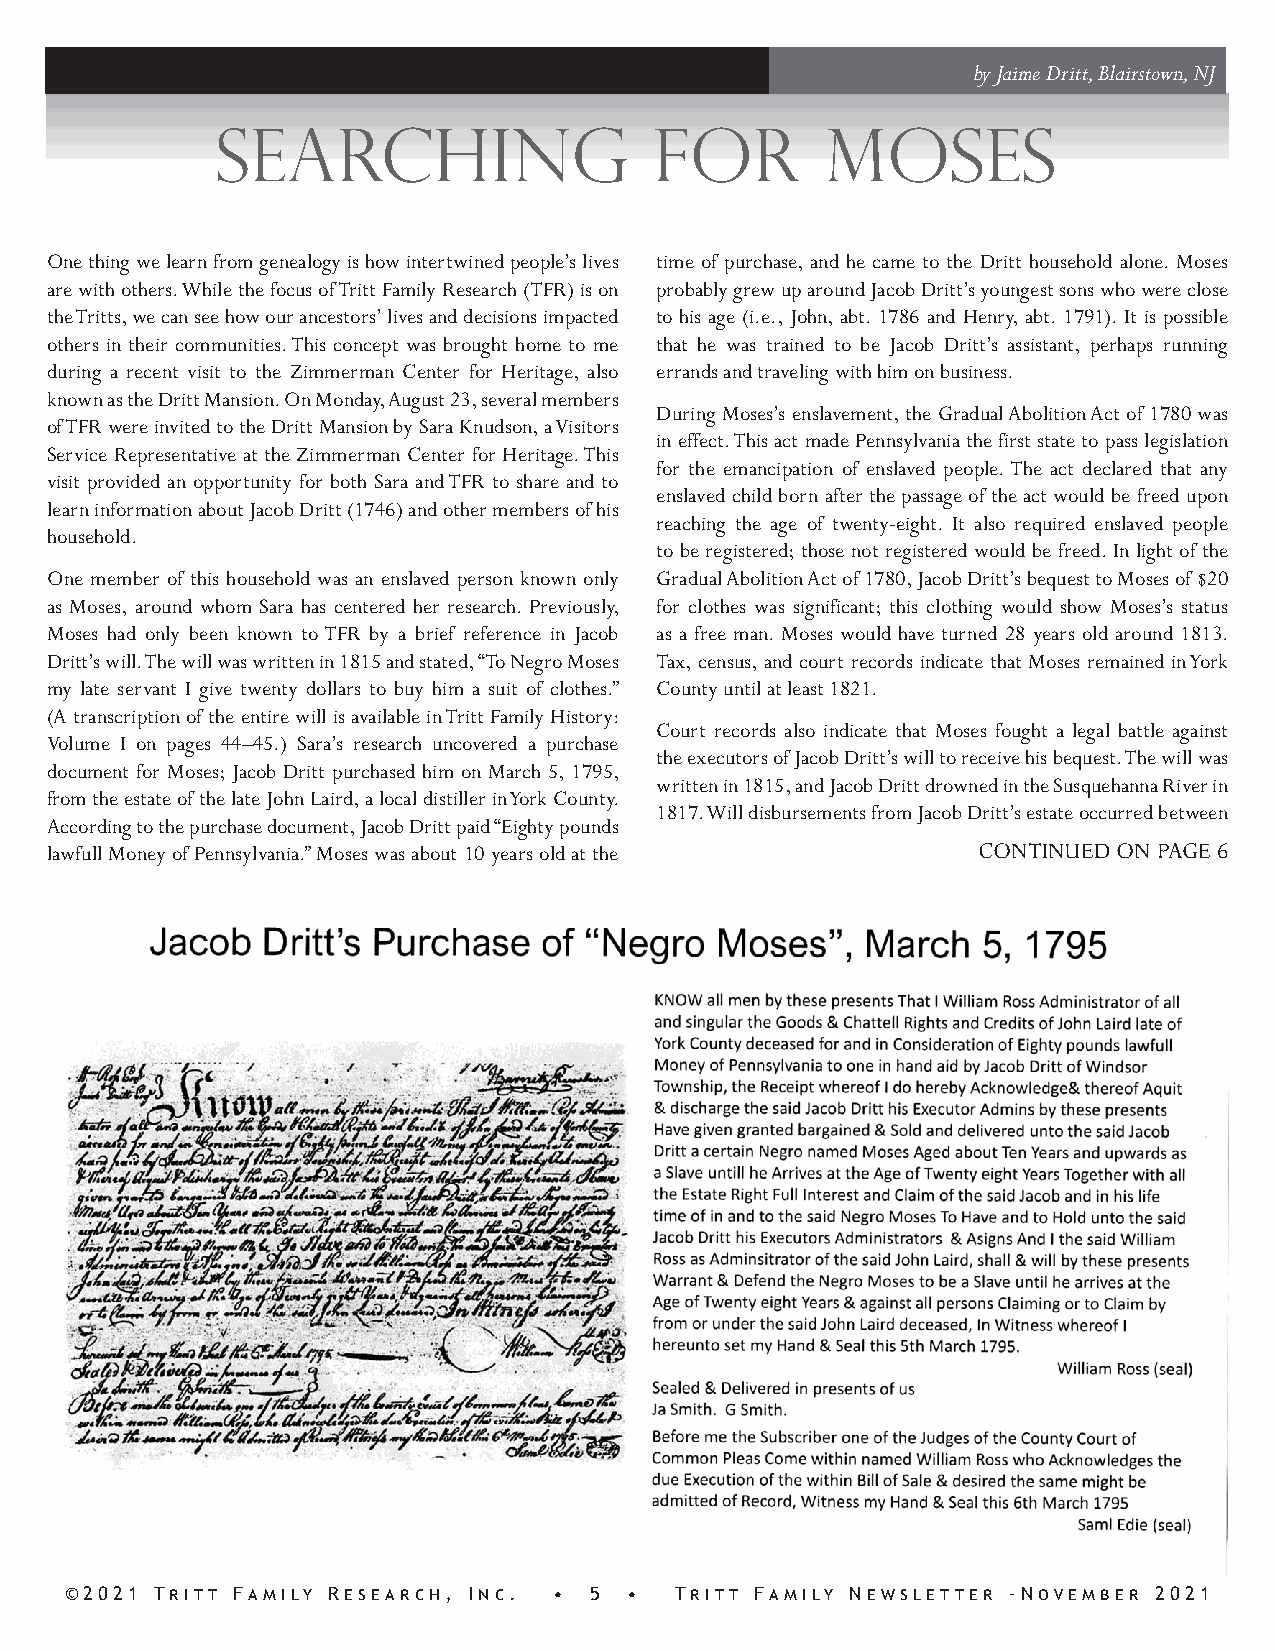
by Jaime Dritt, Blairstown, NJ
 searching                    for         moses
 One thing we learn from genealogy is how intertwined people’s lives time of purchase, and he came to the Dritt household alone. Moses
 are with others. While the focus of Tritt Family Research (TFR) is on probably grew up around Jacob Dritt’s youngest sons who were close
 the Tritts, we can see how our ancestors’ lives and decisions impacted to his age (i.e., John, abt. 1786 and Henry, abt. 1791). It is possible
 others in their communities. This concept was brought home to me that he was trained to be Jacob Dritt’s assistant, perhaps running
 during a recent visit to the Zimmerman Center for Heritage, also errands and traveling with him on business.
 known as the Dritt Mansion. On Monday, August 23, several members
 During Moses’s enslavement, the Gradual Abolition Act of 1780 was
 of TFR were invited to the Dritt Mansion by Sara Knudson, a Visitors
 in effect. This act made Pennsylvania the first state to pass legislation
 Service Representative at the Zimmerman Center for Heritage. This
 for the emancipation of enslaved people. The act declared that any
 visit provided an opportunity for both Sara and TFR to share and to
 enslaved child born after the passage of the act would be freed upon
 learn information about Jacob Dritt (1746) and other members of his
 reaching the age of twenty-eight. It also required enslaved people
 household.
 to be registered; those not registered would be freed. In light of the
 One member of this household was an enslaved person known only Gradual Abolition Act of 1780, Jacob Dritt’s bequest to Moses of $20
 as Moses, around whom Sara has centered her research. Previously, for clothes was significant; this clothing would show Moses’s status
 Moses had only been known to TFR by a brief reference in Jacob as a free man. Moses would have turned 28 years old around 1813.
 Dritt’s will. The will was written in 1815 and stated, “To Negro Moses Tax, census, and court records indicate that Moses remained in York
 my late servant I give twenty dollars to buy him a suit of clothes.” County until at least 1821.
 (A transcription of the entire will is available in Tritt Family History:
 Court records also indicate that Moses fought a legal battle against
 Volume I on pages 44–45.) Sara’s research uncovered a purchase
 the executors of Jacob Dritt’s will to receive his bequest. The will was
 document for Moses; Jacob Dritt purchased him on March 5, 1795,
 written in 1815, and Jacob Dritt drowned in the Susquehanna River in
 from the estate of the late John Laird, a local distiller in York County.
 1817. Will disbursements from Jacob Dritt’s estate occurred between
 According to the purchase document, Jacob Dritt paid “Eighty pounds
 lawfull Money of Pennsylvania.” Moses was about 10 years old at the CONTINUED ON PAGE 6
 ©2021 Tritt Family Research, Inc. • 5 •  Tritt Family Newsletter -November 2021